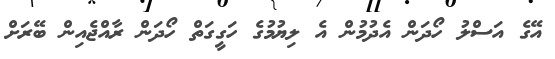
އޭގެ އަސްލު ހޯދަން އެދުމުން އެ ލިޔުމުގެ ހަގީގަތް ހޯދަން ރާއްޖެއިން ބޭރަށް